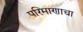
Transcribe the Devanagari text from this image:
परिमाणाचा